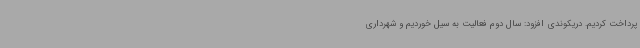
پرداخت کردیم. دریکوندی افزود: سال دوم فعالیت به سیل خوردیم و شهرداری